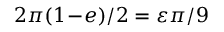
2 \pi ( 1 \! - \! e ) / 2 = \varepsilon \pi / 9